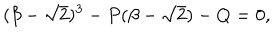
LaTeX: ( \beta - \sqrt { 2 } ) ^ { 3 } - P ( \beta - \sqrt { 2 } ) - Q = 0 ,